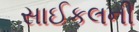
સાઈકલની